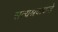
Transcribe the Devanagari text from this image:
सत्यश्रवाकडे